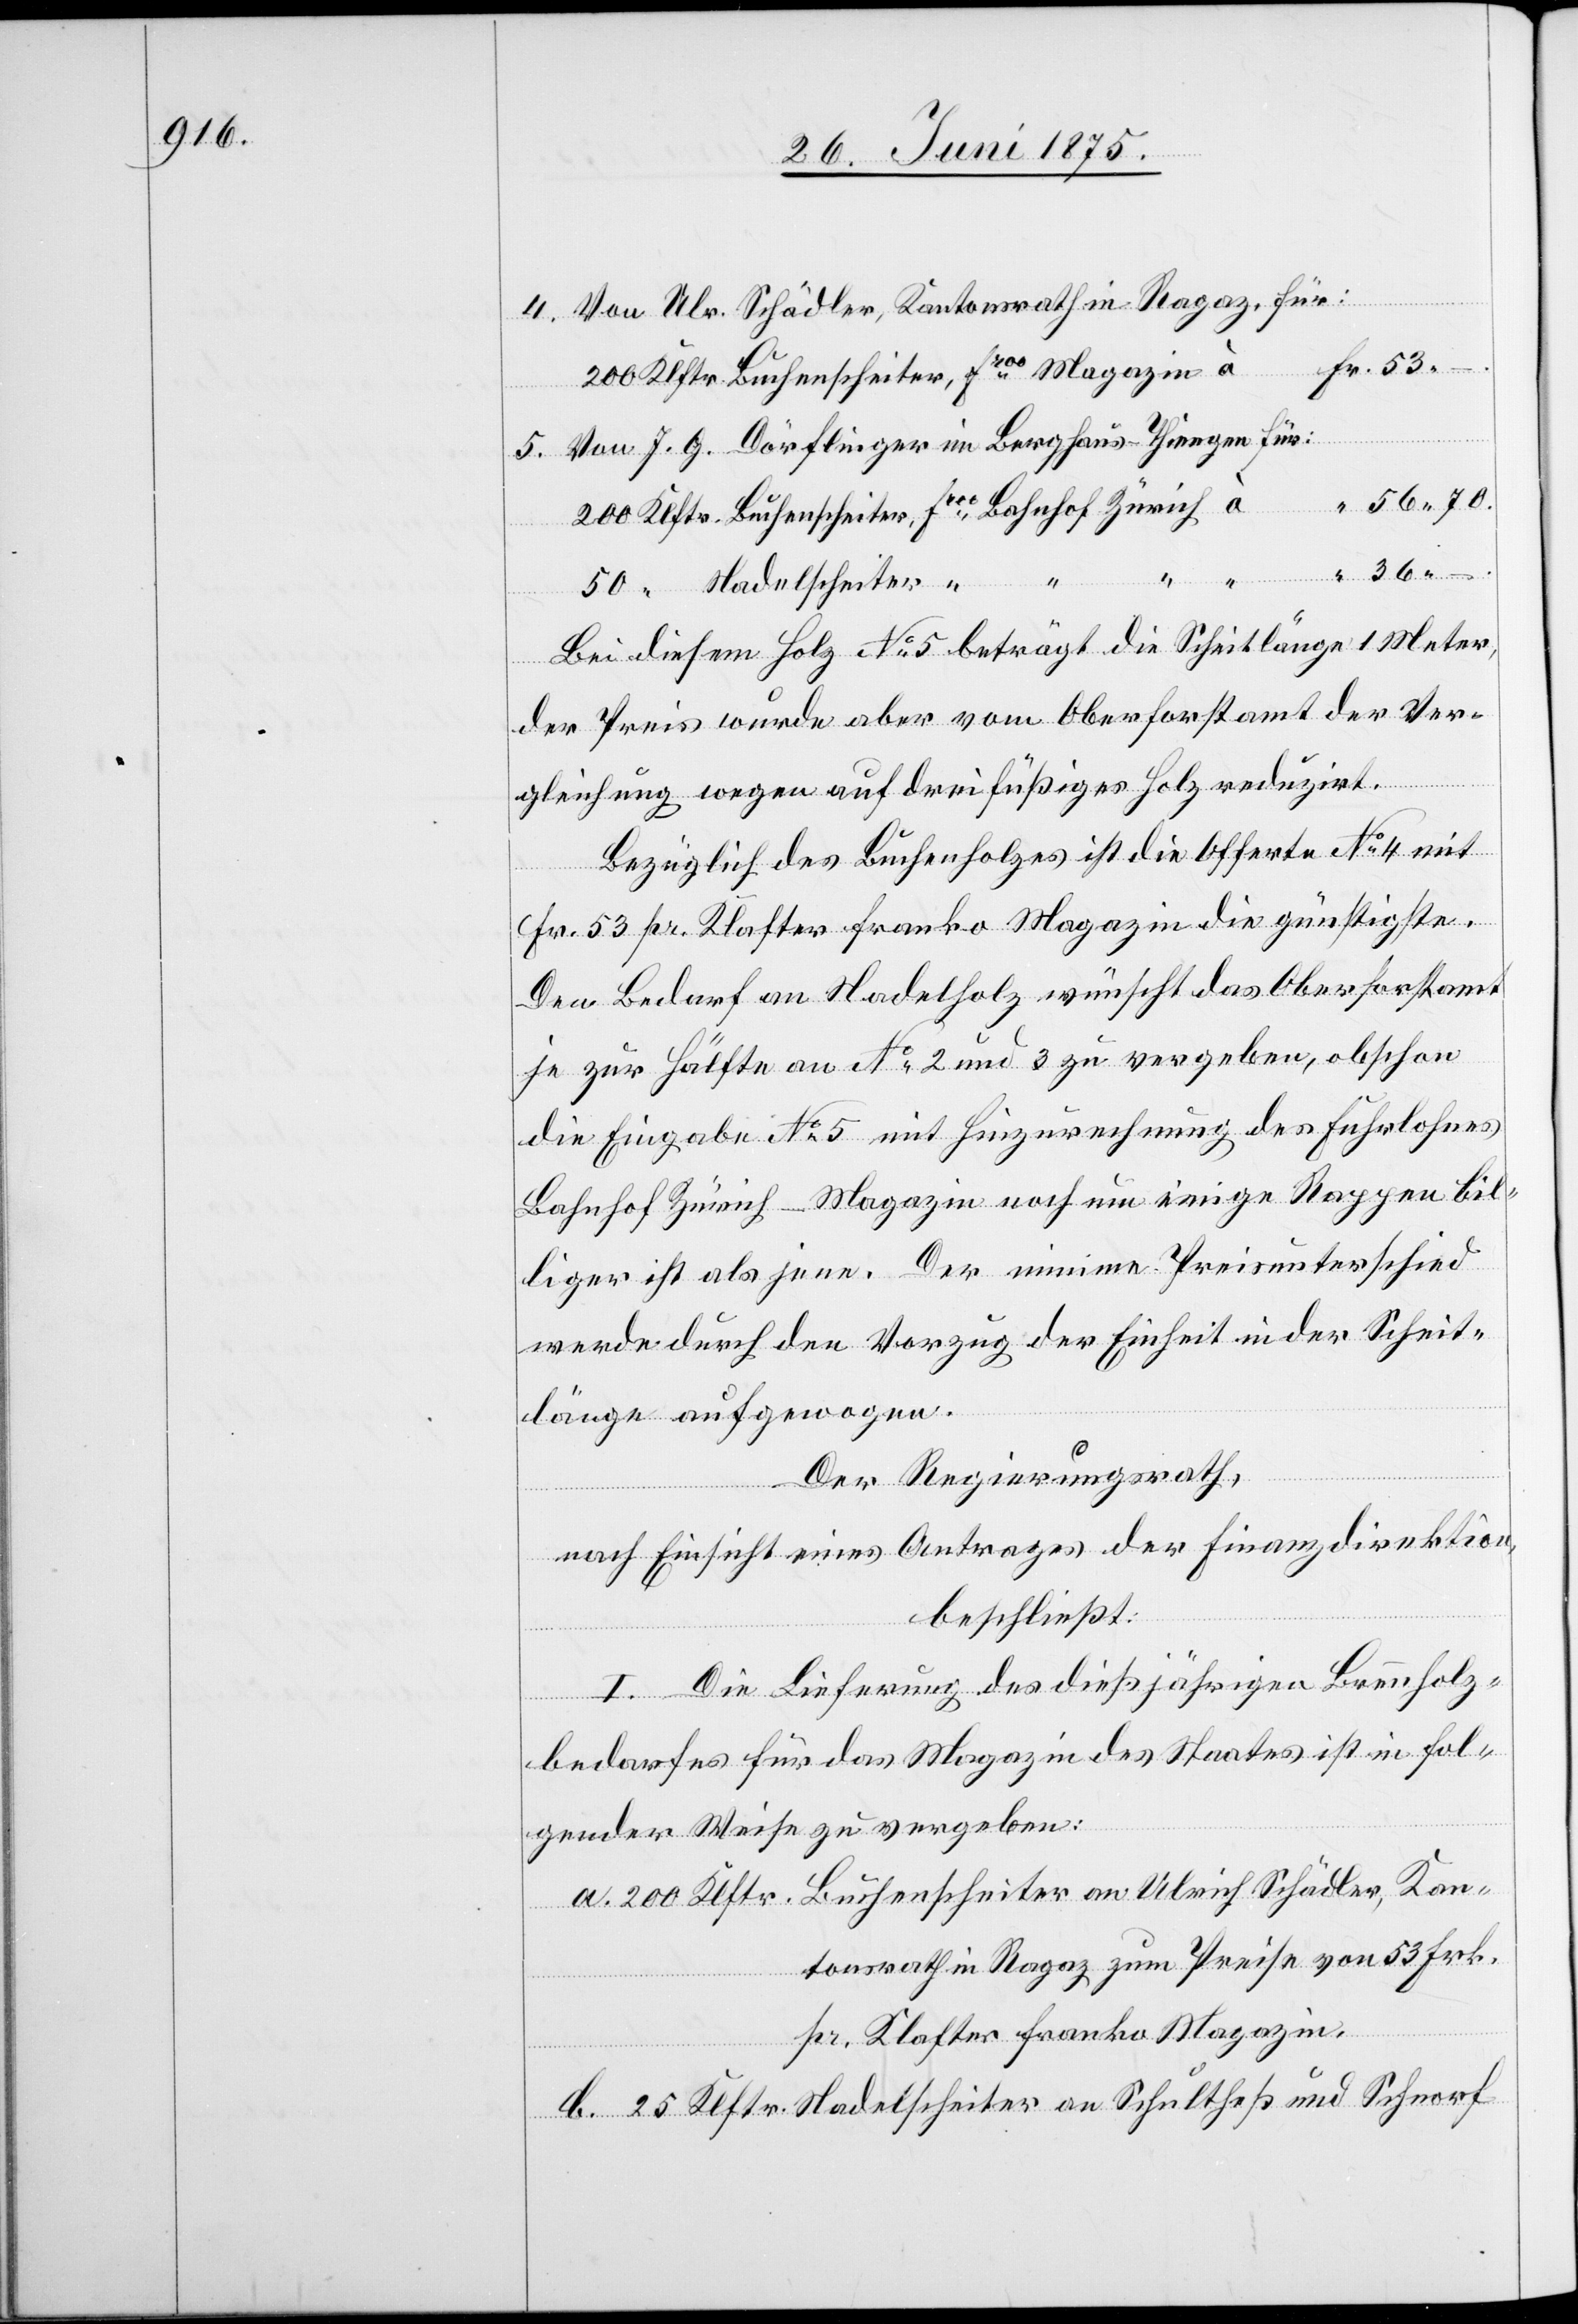
Zürich
Von Ulr. Schädler, Kantonsrath in Ragaz für:
Vom J. G. Dörflinger im Berghaus-Thengen für:
56 70.
Nadelscheiter
Bei diesem Holz No 5 beträgt die Scheitlänge 1 Meter,
der Preis wurde aber vom Oberforstamt der Ver¬
enscheiter,
gleichung wegen auf dreifüßiges Holz reduziert.
Bezüglich des Buchenholzes ist die Offerte No 4 mit
Fr. 53 pr. Klafter franko Magazin die günstigste.
Den Bedarf an Nadelholz wünscht das Oberforstamt
je zur Hälfte an No 2 und 3 zu vergeben, obschon
die Eingabe No 5 mit Hinzurechnung des Fuhrlohnes
Bahnhof Zürich–Magazin noch um einige Rappen bil¬
liger ist als jene. Der minime Preisunterschied
werde durch den Vorzug der Einheit in der Scheit¬
länge aufgewogen.
Der Regierungsrath,
nach Einsicht eines Antrages der Finanzdirektion,
beschließt:
I. Die Lieferung des dießjährigen Brennholz¬
bedarfes für das Magazin des Staates ist in fol¬
gende Weise zu vergeben:
a. 200 Klftr. Buchenscheiter an Ulrich Schädler, Kan¬
tonsrath in Ragaz zum Preise von 53 Frk.
pr. Klafter franko Magazin.
b. 25 Klftr. Nadelscheiter an Schultheß und Schnorf